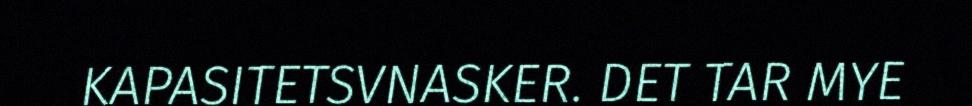
KAPASITETSVNASKER. DET TAR MYE